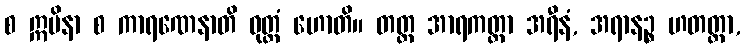
စ ဣမိနာ စ ကာရဏေနာတိ ဝုတ္တံ ဟောတိ။ တတ္ထ အာရကတ္တာ အရီနံ, အရာနဉ္စ ဟတတ္တာ,